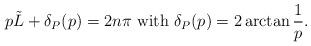
LaTeX: \begin{align*}p\tilde{L}+\delta _{P}(p)=2n\pi \textrm{ with }\delta _{P}(p)=2\arctan \frac{1}{p}.\end{align*}